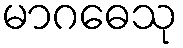
မာဂဓေသု